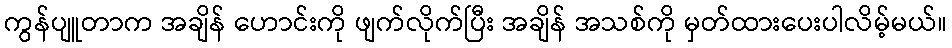
ကွန်ပျူတာက အချိန် ဟောင်းကို ဖျက်လိုက်ပြီး အချိန် အသစ်ကို မှတ်ထားပေးပါလိမ့်မယ်။